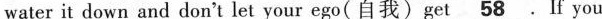
water it down and don't let_ your ego(自我)get\underline58 If you